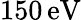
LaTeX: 150\, \mathrm{eV}